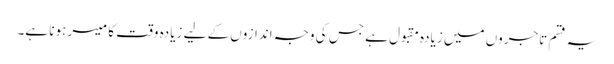
یہ قسم تاجروں میں زیادہ مقبول ہے جس کی وجہ اندازوں کے لیے زیادہ وقت کا میسر ہونا ہے۔